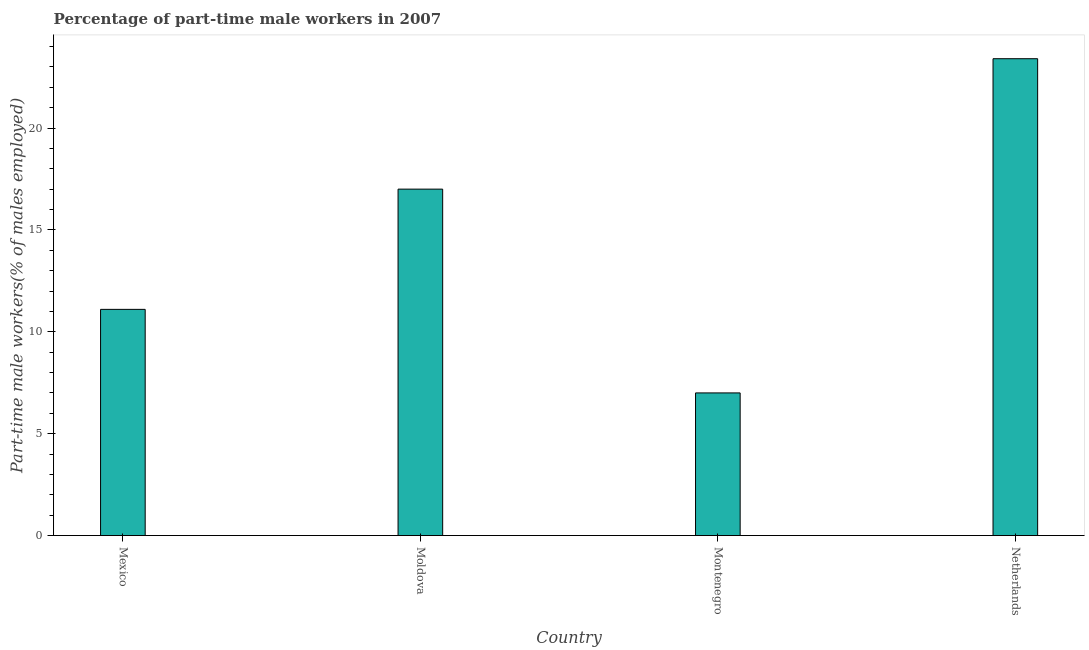
| Country | Part time employment |
 | --- | --- |
 | Mexico | 11.1 |
 | Moldova | 17 |
 | Montenegro | 7 |
 | Netherlands | 23.4 |